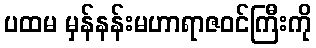
ပထမ မှန်နန်းမဟာရာဇဝင်ကြီးကို